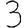
Digit: 3